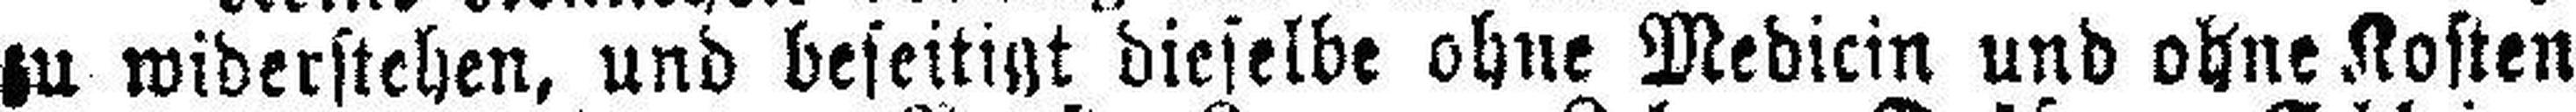
zu widerstehen, und beseitigt dieselbe ohne Medicin und ohne Kosten